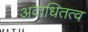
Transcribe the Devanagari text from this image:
अवाधितत्व